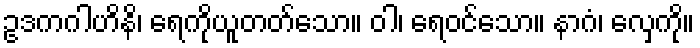
ဥဒကဂါဟိနိ၊ ရေကိုယူတတ်သော။ ဝါ၊ ရေဝင်သော။ နာဂံ၊ လှေကို။